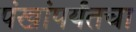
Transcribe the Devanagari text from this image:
पंखांपर्यंतचा